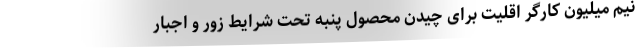
نیم میلیون کارگر اقلیت برای چیدن محصول پنبه تحت شرایط زور و اجبار